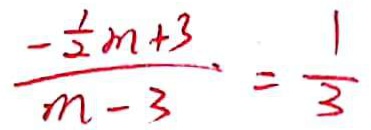
\frac { - \frac { 1 } { 2 } m + 3 } { m - 3 } = \frac { 1 } { 3 }